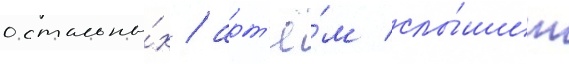
остальны́х / арт'ё́м слы́шит